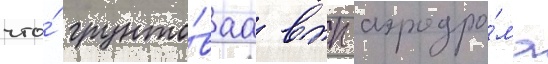
что́ грунто́ваа впп аэродро́ма